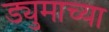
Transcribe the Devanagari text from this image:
ड्युमाच्या